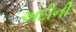
અદીની